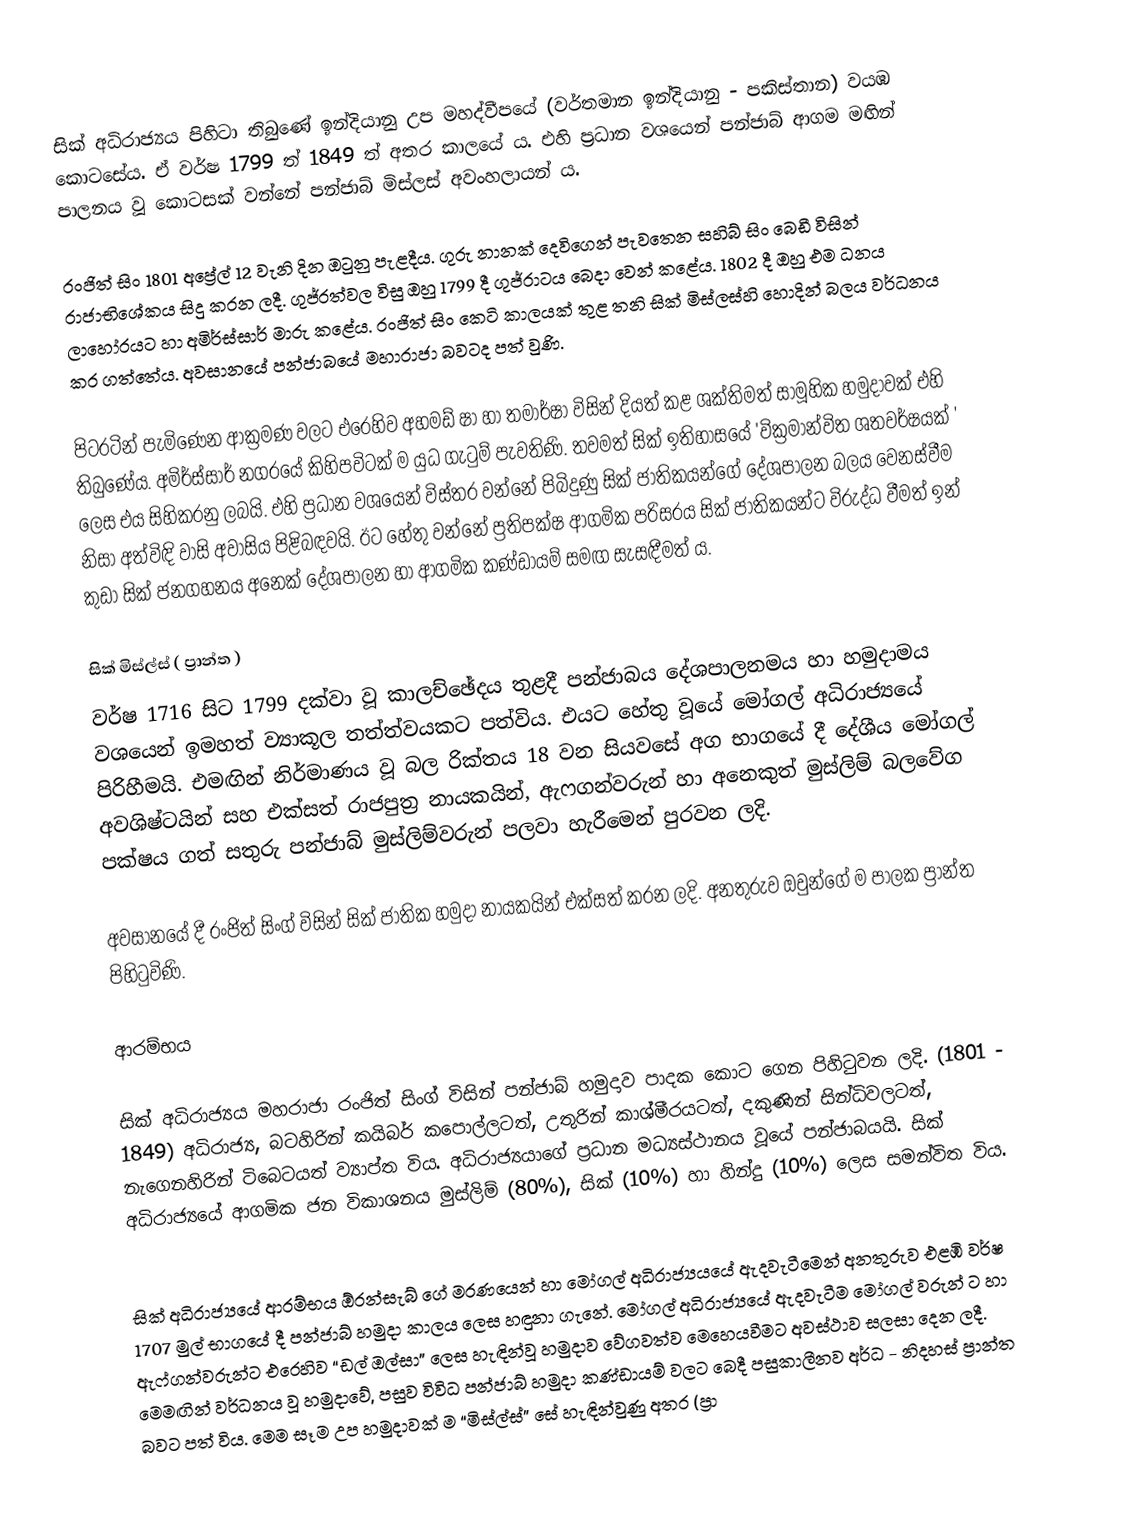
සික් අධිරාජ්‍යය පිහිටා තිබුණේ ඉන්දියානු උප මහද්වීපයේ (වර්තමාන  ඉන්දියානු - පකිස්තාන) වයඹ කොටසේය.  ඒ වර්ෂ 1799 ත් 1849 ත් අතර කාලයේ ය. එහි ප්‍රධාන වශයෙන් පන්ජාබ් ආගම මඟින් පාලනය වූ කොටසක් වන්නේ පන්ජාබ් මිස්ලස් අවංහලායන් ය.

රංජිත් සිං 1801 අප්‍රේල් 12 වැනි දින ඔටුනු පැළදීය. ගුරු නානක් දෙවිගෙන් පැවතෙන සහිබ් සිං බෙඩී විසින් රාජාභිශේකය සිදු කරන ලදී. ගුජ්රත්වල විසු ඔහු 1799 දී ගුජ්රාටය බෙදා වෙන් කළේය. 1802 දී ඔහු එම ධනය ලාහෝරයට  හා අමිර්ස්සාර් මාරු කළේය. රංජිත් සිං  කෙටි කාලයක් තුළ තනි සික් මිස්ලස්හි හොදින් බලය වර්ධනය කර ගත්තේය. අවසානයේ පන්ජාබයේ මහාරාජා බවටද පත් වුණි.

පිටරටින් පැමිණෙන ආක්‍රමණ වලට එරෙහිව  අහමඩ් ෂා හා තමාර්ෂා විසින් දියත් කළ ශක්තිමත් සාමූහික හමුදාවක් එහි තිබුණේය. අමිර්ස්සාර් නගරයේ කිහිපවිටක් ම  යුධ ගැටුම් පැවතිණි. තවමත් සික් ඉතිහාසයේ 'වික්‍රමාන්විත ශතවර්ෂයක් ' ලෙස එය සිහිකරනු ලබයි. එහි ප්‍රධාන වශයෙන් විස්තර වන්නේ පිබිදුණු සික් ජාතිකයන්ගේ දේශපාලන බලය වෙනස්වීම නිසා අත්විඳි වාසි අවාසිය පිළිබඳවයි. ඊට හේතු වන්නේ ප්‍රතිපක්ෂ ආගමික පරිසරය සික් ජාතිකයන්ට විරුද්ධ වීමත් ඉන් කුඩා සික් ජනගහනය අනෙක් දේශපාලන හා ආගමික කණ්ඩායම් සමඟ සැසඳීමත් ය.

සික් මිස්ල්ස් ( ප්‍රාන්ත )
වර්ෂ 1716 සිට 1799 දක්වා වූ කාලච්ඡේදය තුළදී පන්ජාබය දේශපාලනමය හා හමුදාමය වශයෙන් ඉමහත් ව්‍යාකූල  තත්ත්වයකට පත්විය. එයට හේතු වූයේ මෝගල් අධිරාජ්‍යයේ පිරිහීමයි. එමඟින් නිර්මාණය වූ බල රික්තය 18 වන සියවසේ අග භාගයේ දී දේශීය ‍මෝගල් අවශිෂ්ටයින් සහ එක්සත් රාජපුත්‍ර නායකයින්, ඇෆගන්වරුන් හා අනෙකුත් මුස්ලිම් බලවේග පක්ෂය ගත් සතුරු පන්ජාබ් මුස්ලිම්වරුන් පලවා හැරීමෙන් පුරවන ලදි.

අවසානයේ දී රංජිත් සිංග් විසින් සික් ජාතික හමුදා නායකයින්  එක්සත් කරන ලදි. අනතුරුව ඔවුන්ගේ ම පාලක ප්‍රාන්ත පිහිටුවිණි.

ආරම්භය

සික් අධිරාජ්‍යය මහරාජා රංජිත් සිංග් විසින් පන්ජාබ් හමුදාව පාදක කොට ගෙන පිහිටුවන ලදි. (1801 - 1849) අධිරාජ්‍ය, බටහිරින් කයිබර් කපොල්ලටත්, උතුරින් කාශ්මීරයටත්, දකුණින් සින්ධිවලටත්, නැගෙනහිරින් ටිබෙටයත් ව්‍යාප්ත විය. අධිරාජ්‍යයාගේ ප්‍රධාන මධ්‍යස්ථානය වූයේ පන්ජාබයයි. සික් අධිරාජ්‍යයේ ආගමික ජන විකාශනය මුස්ලිම් (80%), සික් (10%) හා හින්දු (10%) ලෙස සමන්විත විය.

සික් අධිරාජ්‍යයේ ආරම්භය ඕරන්සැබ් ගේ මරණයෙන් හා මෝගල් අධිරාජ්‍යයයේ ඇදවැටීමෙන් අනතුරුව එළඹි වර්ෂ 1707 මුල් භාගයේ දී පන්ජාබ් හමුදා කාලය ලෙස හඳුනා ගැනේ.  මෝගල් අධිරාජ්‍යයේ ඇදවැටීම මෝගල් වරුන් ට හා ඇෆ්ගන්වරුන්ට  එරෙහිව “ඩල් ඔල්සා” ලෙස හැඳින්වූ හමුදාව වේගවත්ව මෙහෙයවීමට අවස්ථාව සලසා දෙන ලදී. මෙමඟින් වර්ධනය වූ හමුදාවේ, පසුව විවිධ පන්ජාබ් හමුදා කණ්ඩායම් වලට බෙදී පසුකාලීනව අර්ධ - නිදහස් ප්‍රාන්ත බවට පත් විය. මෙම සෑම උප හමුදාවක් ම “මිස්ල්ස්” සේ හැඳින්වුණු අතර (ප්‍රා